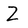
Character: Z